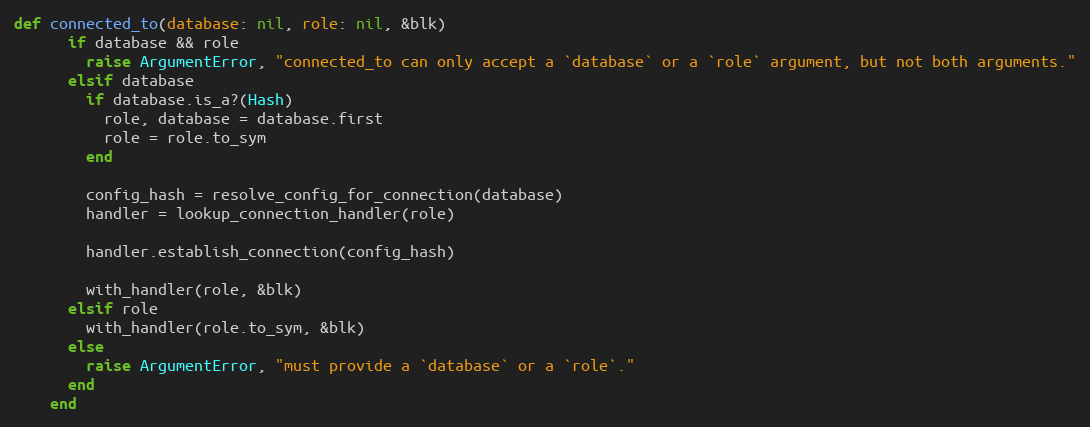
Language: Ruby
def connected_to(database: nil, role: nil, &blk)
      if database && role
        raise ArgumentError, "connected_to can only accept a `database` or a `role` argument, but not both arguments."
      elsif database
        if database.is_a?(Hash)
          role, database = database.first
          role = role.to_sym
        end

        config_hash = resolve_config_for_connection(database)
        handler = lookup_connection_handler(role)

        handler.establish_connection(config_hash)

        with_handler(role, &blk)
      elsif role
        with_handler(role.to_sym, &blk)
      else
        raise ArgumentError, "must provide a `database` or a `role`."
      end
    end